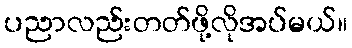
ပညာလည်းတတ်ဖို့လိုအပ်မယ်။